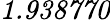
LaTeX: \mathit{1.938770}